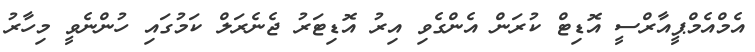
އެމްއެމްޕީއާރްސީ އޮޑިޓް ކުރަން އެންގެވި އިރު އޮޑިޓަރު ޖެނެރަލް ކަމުގައި ހުންނެވީ މިހާރު